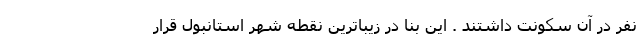
نفر در آن سکونت داشتند . این بنا در زیباترین نقطه شهر استانبول قرار